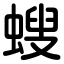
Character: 螋